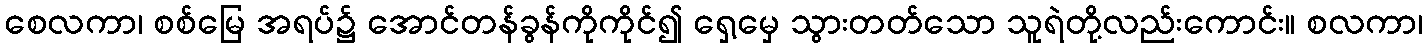
စေလကာ၊ စစ်မြေ အရပ်၌ အောင်တန်ခွန်ကိုကိုင်၍ ရှေ့မှေ သွားတတ်သော သူရဲတို့လည်းကောင်း။ စလကာ၊